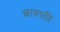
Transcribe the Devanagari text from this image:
छात्रपति